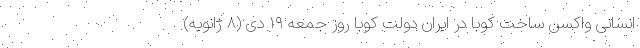
انسانی واکسن ساخت کوبا در ایران دولت کوبا روز جمعه ۱۹ دی (۸ ژانویه)